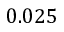
0 . 0 2 5